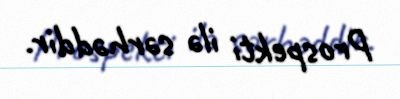
Prospekti ilə sərhəddir.